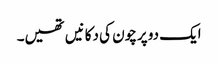
ایک دو پرچون کی دکانیں تھیں۔